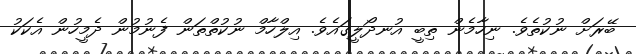
ބޭރަށް ނުކުތެވެ. ނިހާމެން ތިބީ އުނދޯލީގައެވެ. އިލްހާމް ނުކުތްތަން ފެނުމުން ދެމީހުން އެކަކު